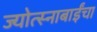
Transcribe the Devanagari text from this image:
ज्योत्स्नाबाईंचा